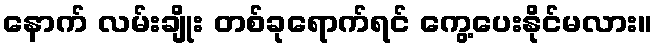
နောက် လမ်းချိုး တစ်ခုရောက်ရင် ကွေ့ပေးနိုင်မလား။